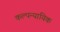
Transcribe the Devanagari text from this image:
कल्पन्यायिक